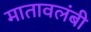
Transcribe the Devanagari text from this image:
मातावलंबी